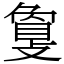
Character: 𢿌